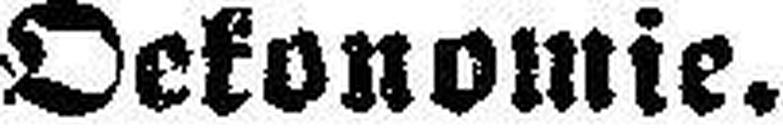
Oekonomie.